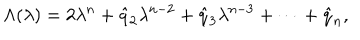
\Lambda ( \lambda ) = 2 \lambda ^ { n } + \hat { q } _ { 2 } \lambda ^ { n - 2 } + \hat { q } _ { 3 } \lambda ^ { n - 3 } + \cdots + \hat { q } _ { n } ,